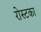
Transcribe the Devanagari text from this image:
रोस्टका